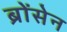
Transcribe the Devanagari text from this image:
ब्रोंसेन